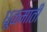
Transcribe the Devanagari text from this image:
धूळमाती